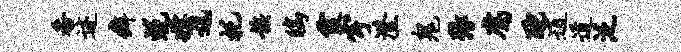
番迹癖蜕媾迅托族鸱霞宇澄鬼张腐酡逍道泛